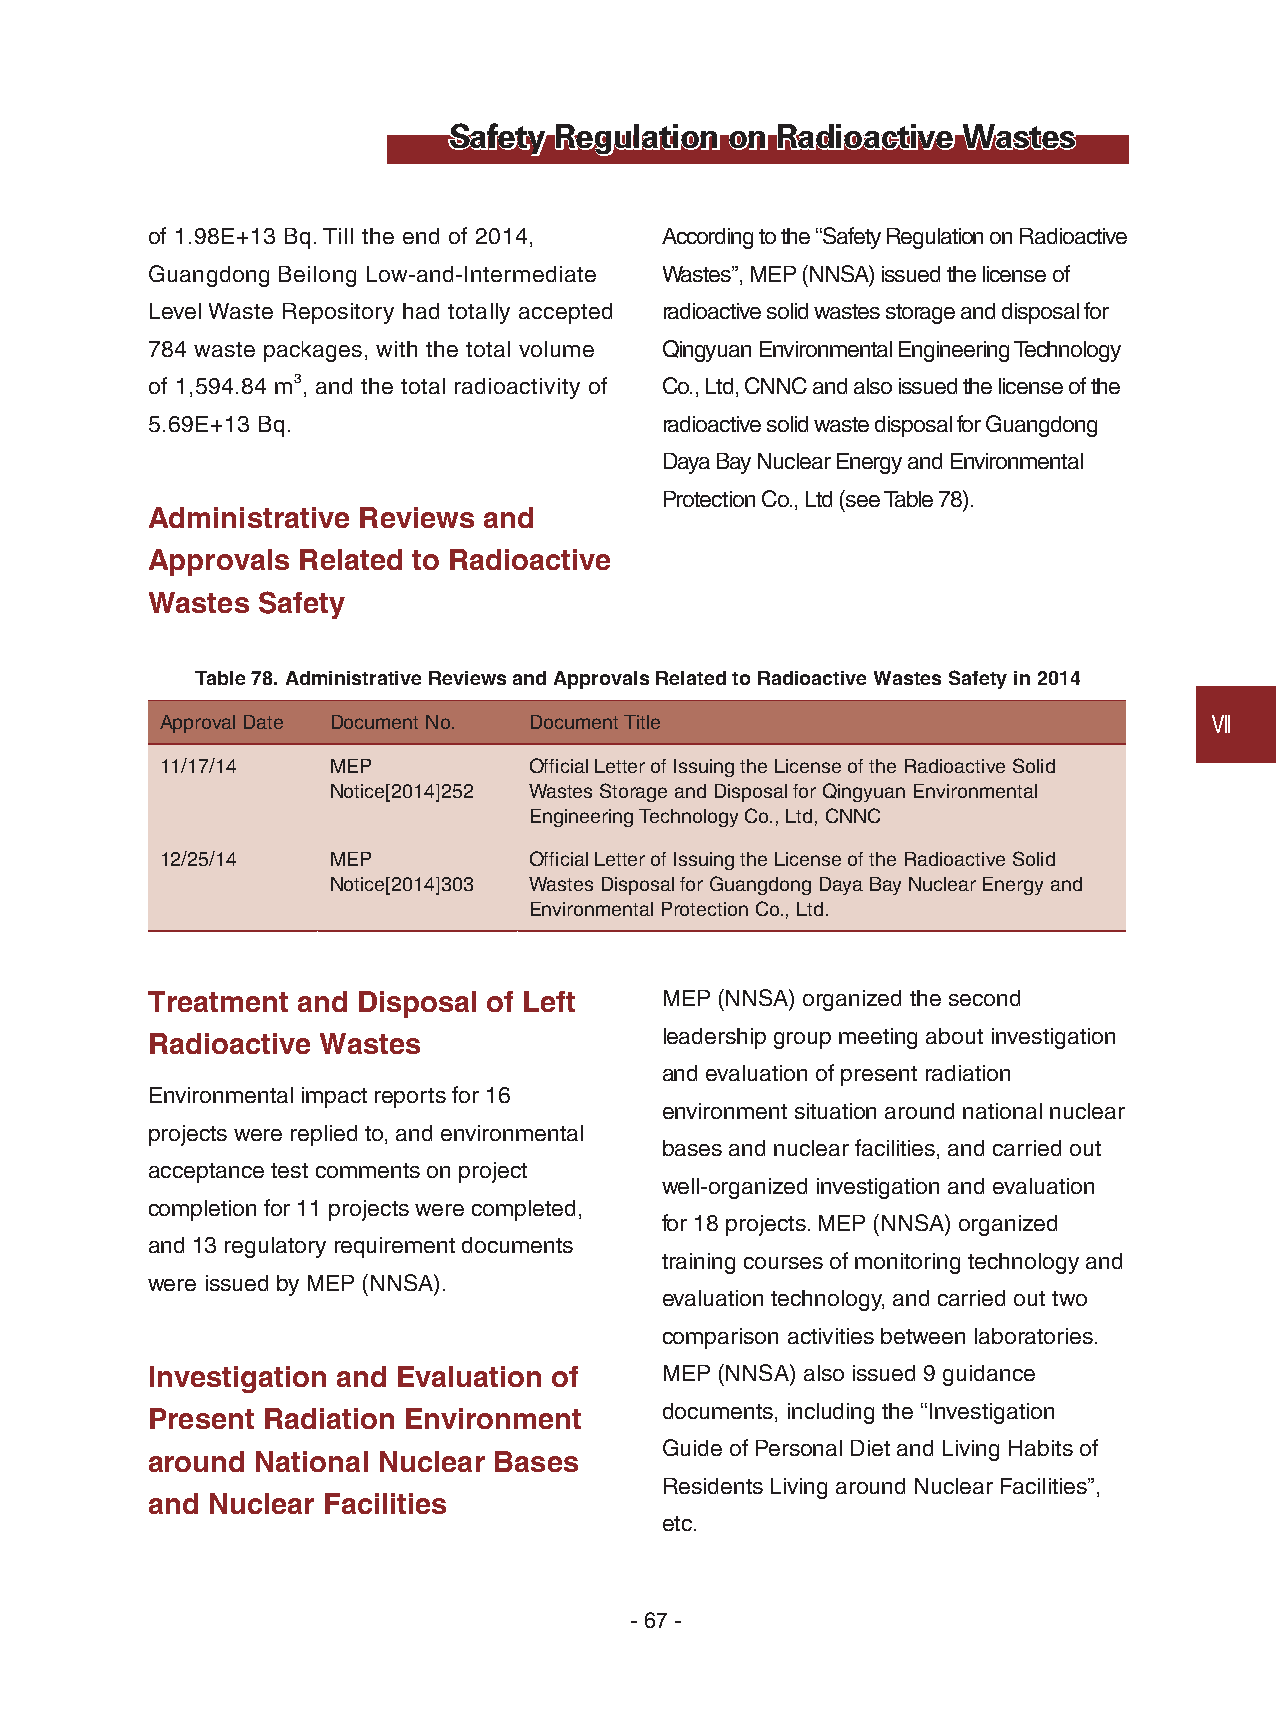
Safety Regulation on Radioactive  Wastes
 of 1.98E+13 Bq. Till the end of 2014, According to the “Safety Regulation on Radioactive
 Guangdong Beilong Low-and-Intermediate Wastes”, MEP (NNSA) issued the license of
 Level Waste Repository had totally accepted radioactive solid wastes storage and disposal for
 784 waste packages, with the total volume Qingyuan Environmental Engineering Technology
 of 1,594.84 m3, and the total radioactivity of Co., Ltd, CNNC and also issued the license of the
 5.69E+13 Bq.                      radioactive solid waste disposal for Guangdong
 Daya Bay Nuclear Energy and Environmental
 Protection Co., Ltd (see Table 78).
 Administrative Reviews and
 Approvals Related to Radioactive
 Wastes Safety
 Table 78. Administrative Reviews and Approvals Related to Radioactive Wastes Safety in 2014
 Approval Date Document No. Document Title                            Ⅶ
 11/17/14   MEP          Official Letter of Issuing the License of the Radioactive Solid
 Notice[2014]252 Wastes Storage and Disposal for Qingyuan Environmental
 Engineering Technology Co., Ltd, CNNC
 12/25/14   MEP          Official Letter of Issuing the License of the Radioactive Solid
 Notice[2014]303 Wastes Disposal for Guangdong Daya Bay Nuclear Energy and
 Environmental Protection Co., Ltd.
 Treatment and Disposal of Left    MEP (NNSA) organized the second
 Radioactive Wastes                leadership group meeting about investigation
 and evaluation of present radiation
 Environmental impact reports for 16
 environment situation around national nuclear
 projects were replied to, and environmental
 bases and nuclear facilities, and carried out
 acceptance test comments on project
 well-organized investigation and evaluation
 completion for 11 projects were completed,
 for 18 projects. MEP (NNSA) organized
 and 13 regulatory requirement documents
 training courses of monitoring technology and
 were issued by MEP (NNSA).
 evaluation technology, and carried out two
 comparison activities between laboratories.
 Investigation and Evaluation of   MEP (NNSA) also issued 9 guidance
 Present Radiation Environment     documents, including the “Investigation
 Guide of Personal Diet and Living Habits of
 around National Nuclear Bases
 Residents Living around Nuclear Facilities”,
 and Nuclear Facilities
 etc.
 - 67 -